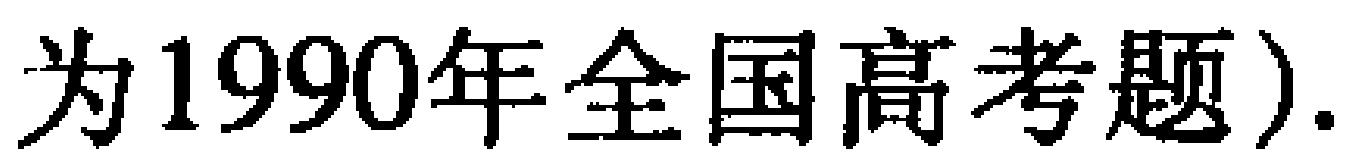
为1990年全国高考题).